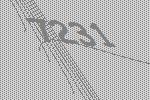
7231